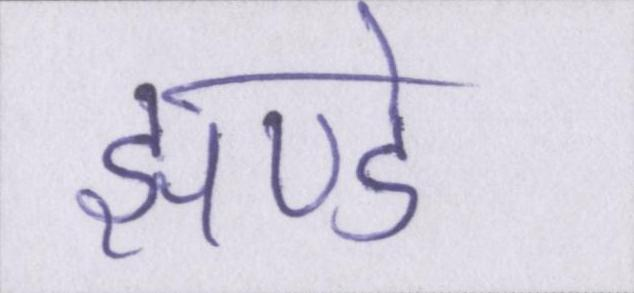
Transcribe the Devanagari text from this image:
झण्डे